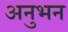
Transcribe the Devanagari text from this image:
अनुभन